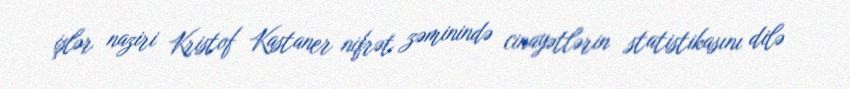
işlər naziri Kristof Kastaner nifrət zəminində cinayətlərin statistikasını dilə